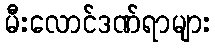
မီးလောင်ဒဏ်ရာများ